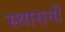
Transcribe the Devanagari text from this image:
स्थासनों